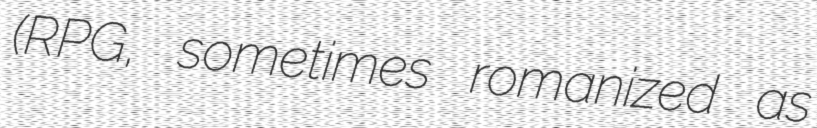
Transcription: (RPGツクール, sometimes romanized as